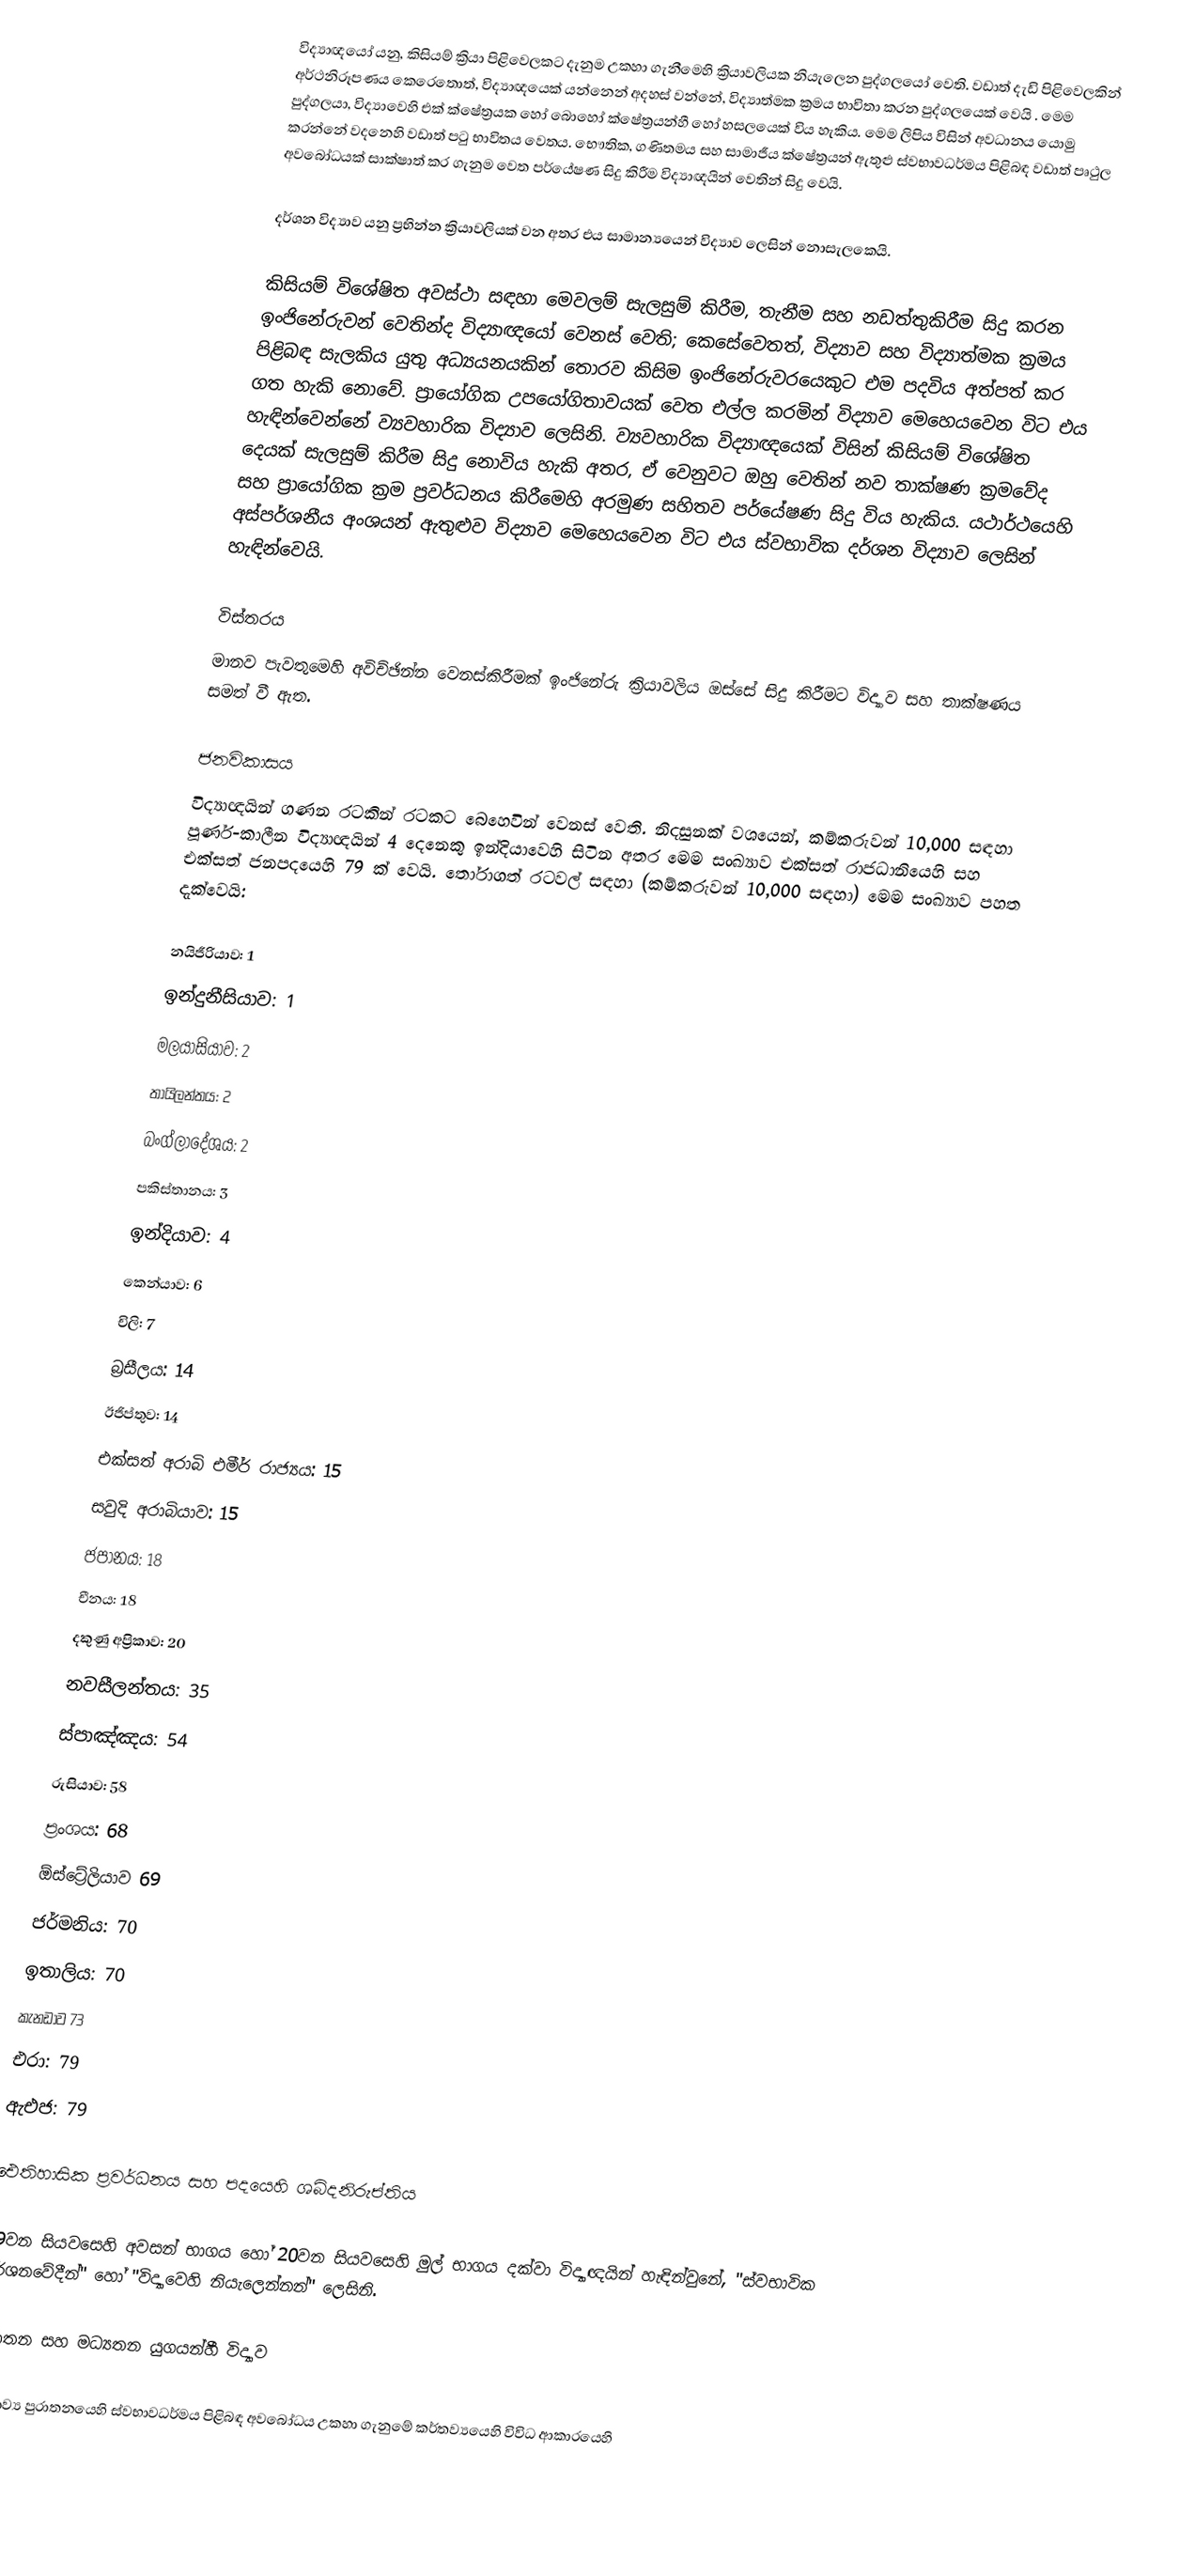
විද්‍යාඥයෝ යනු,  කිසියම් ක්‍රියා පිළිවෙලකට  දැනුම උකහා ගැනීමෙහි ක්‍රියාවලියක නියැලෙන පුද්ගලයෝ වෙති. වඩාත් දැඩි පිළිවෙලකින් අර්ථනිරූපණය කෙරෙතොත්, විද්‍යාඥයෙක් යන්නෙන් අදහස් වන්නේ, විද්‍යාත්මක ක්‍රමය භාවිතා කරන පුද්ගලයෙක් වෙයි . මෙම පුද්ගලයා,  විද්‍යාවෙහි එක් ක්ෂේත්‍රයක හෝ බොහෝ ක්ෂේත්‍රයන්හී හෝ හසලයෙක් විය හැකිය. මෙම ලිපිය විසින් අවධානය යොමු කරන්නේ වදනෙහි වඩාත් පටු භාවිතය වෙතය. භෞතික, ගණිතමය සහ සාමාජීය ක්ෂේත්‍රයන් ඇතුළු ස්වභාවධර්මය පිළිබඳ වඩාත් පෘථුල අවබෝධයක් සාක්ෂාත් කර ගැනුම වෙත පර්යේෂණ සිදු කිරීම විද්‍යාඥයින් වෙතින් සිදු වෙයි.

දර්ශන විද්‍යාව යනු ප්‍රභින්න ක්‍රියාවලියක් වන අතර එය සාමාන්‍යයෙන් විද්‍යාව ලෙසින් නොසැලකෙයි.

කිසියම් විශේෂිත අවස්ථා සඳහා මෙවලම් සැලසුම් කිරීම, තැනීම සහ නඩත්තුකිරීම සිදු කරන  ඉංජිනේරුවන් වෙතින්ද විද්‍යාඥයෝ වෙනස් වෙති; කෙසේවෙතත්, විද්‍යාව සහ විද්‍යාත්මක ක්‍රමය පිළිබඳ සැලකිය යුතු අධ්‍යයනයකින් තොරව කිසිම ඉංජිනේරුවරයෙකුට එම පදවිය අත්පත් කර ගත හැකි නොවේ. ප්‍රායෝගික උපයෝගිතාවයක් වෙත එල්ල කරමින් විද්‍යාව මෙහෙයවෙන විට එය හැඳින්වෙන්නේ ව්‍යවහාරික විද්‍යාව ලෙසිනි. ව්‍යවහාරික විද්‍යාඥයෙක් විසින් කිසියම් විශේෂිත දෙයක් සැලසුම් කිරීම සිදු නොවිය හැකි අතර, ඒ වෙනුවට ඔහු වෙතින් නව තාක්ෂණ ක්‍රමවේද සහ ප්‍රායෝගික ක්‍රම ප්‍රවර්ධනය කිරීමෙහි අරමුණ සහිතව පර්යේෂණ සිදු විය හැකිය. යථාර්ථයෙහි අස්පර්ශනීය අංශයන් ඇතුළුව විද්‍යාව මෙහෙයවෙන විට එය  ස්වභාවික දර්ශන විද්‍යාව ලෙසින් හැඳින්වෙයි.

විස්තරය
මානව පැවතුමෙහි අවිච්ඡින්න වෙනස්කිරීමක් ඉංජිනේරු ක්‍රියාවලිය ඔස්සේ සිදු කිරීමට විද්‍යාව සහ තාක්ෂණය සමත් වී ඇත.

ජනවිකාසය
විද්‍යාඥයින් ගණන රටකින් රටකට බෙහෙවින් වෙනස් වෙති. නිදසුනක් වශයෙන්, කම්කරුවන්  10,000 සඳහා පූර්ණ-කාලීන විද්‍යාඥයින් 4 දෙනෙකු ඉන්දියාවෙහි සිටින අතර මෙම සංඛ්‍යාව එක්සත් රාජධානියෙහි සහ එක්සත් ජනපදයෙහි 79 ක් වෙයි.  තෝරාගත් රටවල් සඳහා  (කම්කරුවන් 10,000 සඳහා) මෙම සංඛ්‍යාව පහත දැක්වෙයි:

 නයිජීරියාව: 1
 ඉන්දුනීසියාව: 1
 මලයාසියාව: 2
 තායිලන්තය: 2
 බංග්ලාදේශය: 2
 පකිස්තානය: 3
 ඉන්දියාව: 4
 කෙන්යාව: 6
 චිලි: 7
 බ්‍රසීලය: 14
 ඊජිප්තුව: 14
 එක්සත් අරාබි එමීර් රාජ්‍යය: 15
 සවුදි අරාබියාව: 15
 ජපානය: 18
 චීනය: 18
 දකුණු අප්‍රිකාව: 20
 නවසීලන්තය: 35
 ස්පාඤ්ඤය: 54
 රුසියාව: 58
 ප්‍රංශය: 68
 ඕස්ට්‍රේලියාව 69
 ජර්මනිය: 70
 ඉතාලිය: 70
 කැනඩාව 73
 එරා: 79
 ඇඑජ: 79

ඓතිහාසික ප්‍රවර්ධනය සහ පදයෙහි ශබ්දනිරුප්තිය

19වන සියවසෙහි අවසන් භාගය හෝ 20වන සියවසෙහි මුල් භාගය දක්වා විද්‍යාඥයින් හැඳින්වුනේ, "ස්වභාවික දර්ශනවේදීන්" හෝ "විද්‍යාවෙහි නියැලෙන්නන්" ලෙසිනි.

පුරාතන සහ මධ්‍යතන යුගයන්හී විද්‍යාව

සම්භාව්‍ය පුරාතනයෙහි ස්වභාවධර්මය පිළිබඳ අවබෝධය උකහා ගැනුමේ කර්තව්‍යයෙහි විවිධ ආකාරයෙහි